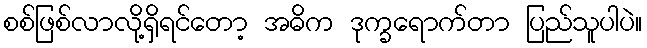
စစ်ဖြစ်လာလို့ရှိရင်တော့ အဓိက ဒုက္ခရောက်တာ ပြည်သူပါပဲ။